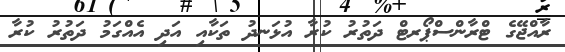
ރާއްޖޭގެ ޓްރާންސްޕޯރޓް ދަތުރު ކުރާ އުޅަނދު ތަކާއި އަދި އެއްގަމު ދަތުރު ކުރާ